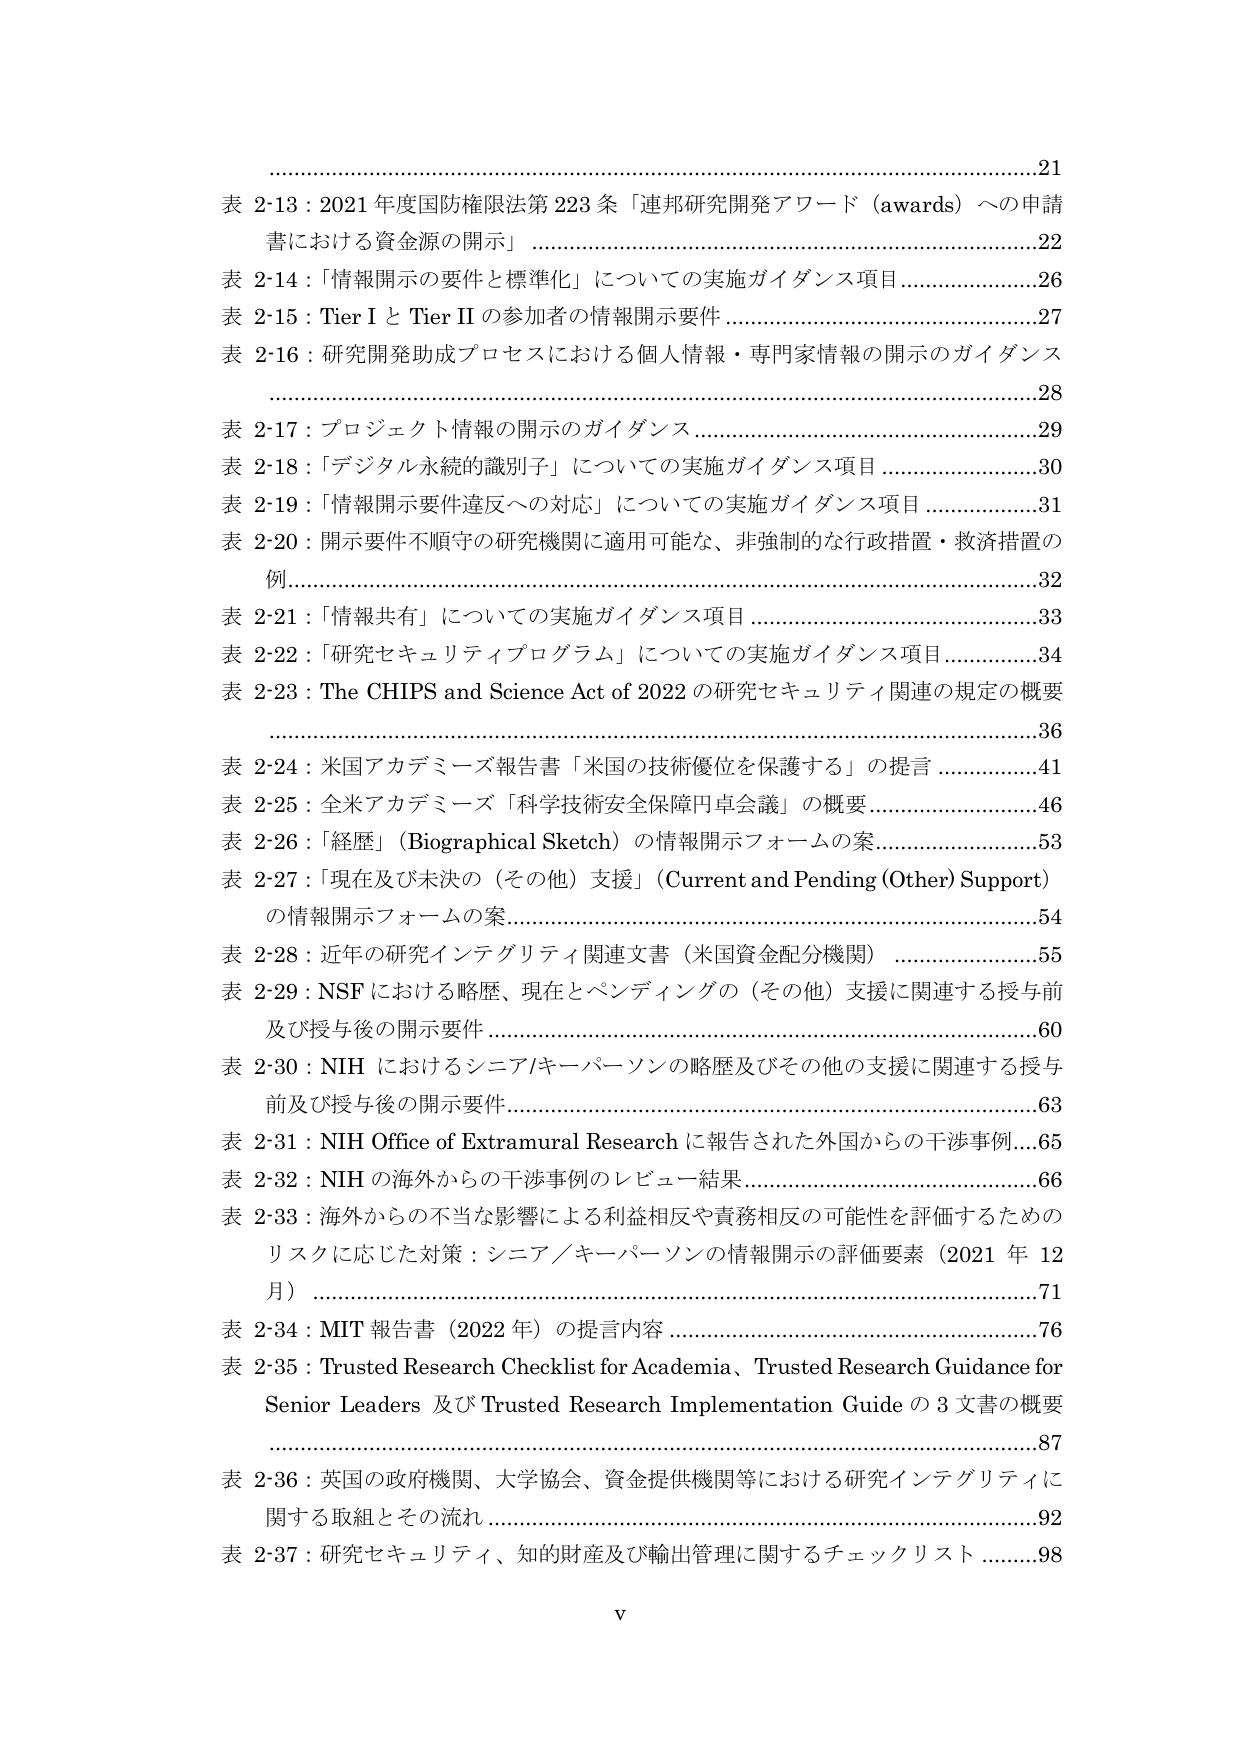
表 2-13：2021 年度国府権限法 223 条「連邦研究開発アワード（awards）への申請書における資金源の開示」 ………………………………………………………………22
表 2-14：「情報開示の要件と標準化」についての実施ガイダンス項目 ………………………26
表 2-15：Tier I と Tier II の参加者の情報開示要件 …………………………………………27
表 2-16：研究開発助成プロセスにおける個人情報・専門家情報の開示のガイダンス …………………………………………………………………………………28
表 2-17：プロジェクト情報の開示のガイダンス ……………………………………………29
表 2-18：「デジタル永続的識別子」についての実施ガイダンス項目 ………………………30
表 2-19：「情報開示要件違反への対応」についての実施ガイダンス項目 ……………………31
表 2-20：開示要件不順守の研究機関に適用可能な、非強制的な行政措置・救済措置の例 …………………………………………………………………………………32
表 2-21：「情報共有」についての実施ガイダンス項目 ……………………………………33
表 2-22：「研究セキュリティプログラム」についての実施ガイダンス項目 …………………34
表 2-23：The CHIPS and Science Act of 2022 の研究セキュリティ関連の規定の概要 …………………………………………………………………………………36
表 2-24：米国アカデミーズ報告書「米国の技術優位を保護する」の提言 …………………41
表 2-25：全米アカデミーズ「科学技術安全保障円卓会議」の概要 ………………………46
表 2-26：「経歴」（Biographical Sketch）の情報開示フォームの案 ………………………53
表 2-27：「現在及び未決の（その他）支援」（Current and Pending (Other) Support）の情報開示フォームの案 ……………………………………………………………54
表 2-28：近年の研究インテグリティ関連文書（米国資金配分機関） ………………………55
表 2-29：NSF における略歴、現在とペンディングの（その他）支援に関連する授与前及び授与後の開示要件 ……………………………………………………………60
表 2-30：NIH におけるシニア/キーパーソンの略歴及びその他の支援に関連する授与前及び授与後の開示要件 ……………………………………………………………63
表 2-31：NIH Office of Extramural Research に報告された外国からの干渉事例 ……………65
表 2-32：NIH の海外からの干渉事例のレビュー結果 ………………………………………66
表 2-33：海外からの不当な影響による利益相反や責務相反の可能性を評価するためのリスクに応じた対策：シニア／キーパーソンの情報開示の評価要素（2021 年 12 月） …………………………………………………………………………………71
表 2-34：MIT 報告書（2022 年）の提言内容 ……………………………………………76
表 2-35：Trusted Research Checklist for Academia、Trusted Research Guidance for Senior Leaders 及び Trusted Research Implementation Guide の 3 文書の概要 …………………………………………………………………………………87
表 2-36：英国の政府機関、大学協会、資金提供機関等における研究インテグリティに関する取組とその流れ ……………………………………………………………92
表 2-37：研究セキュリティ、知的財産及び輸出管理に関するチェックリスト ……………98
v